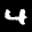
Label: 4